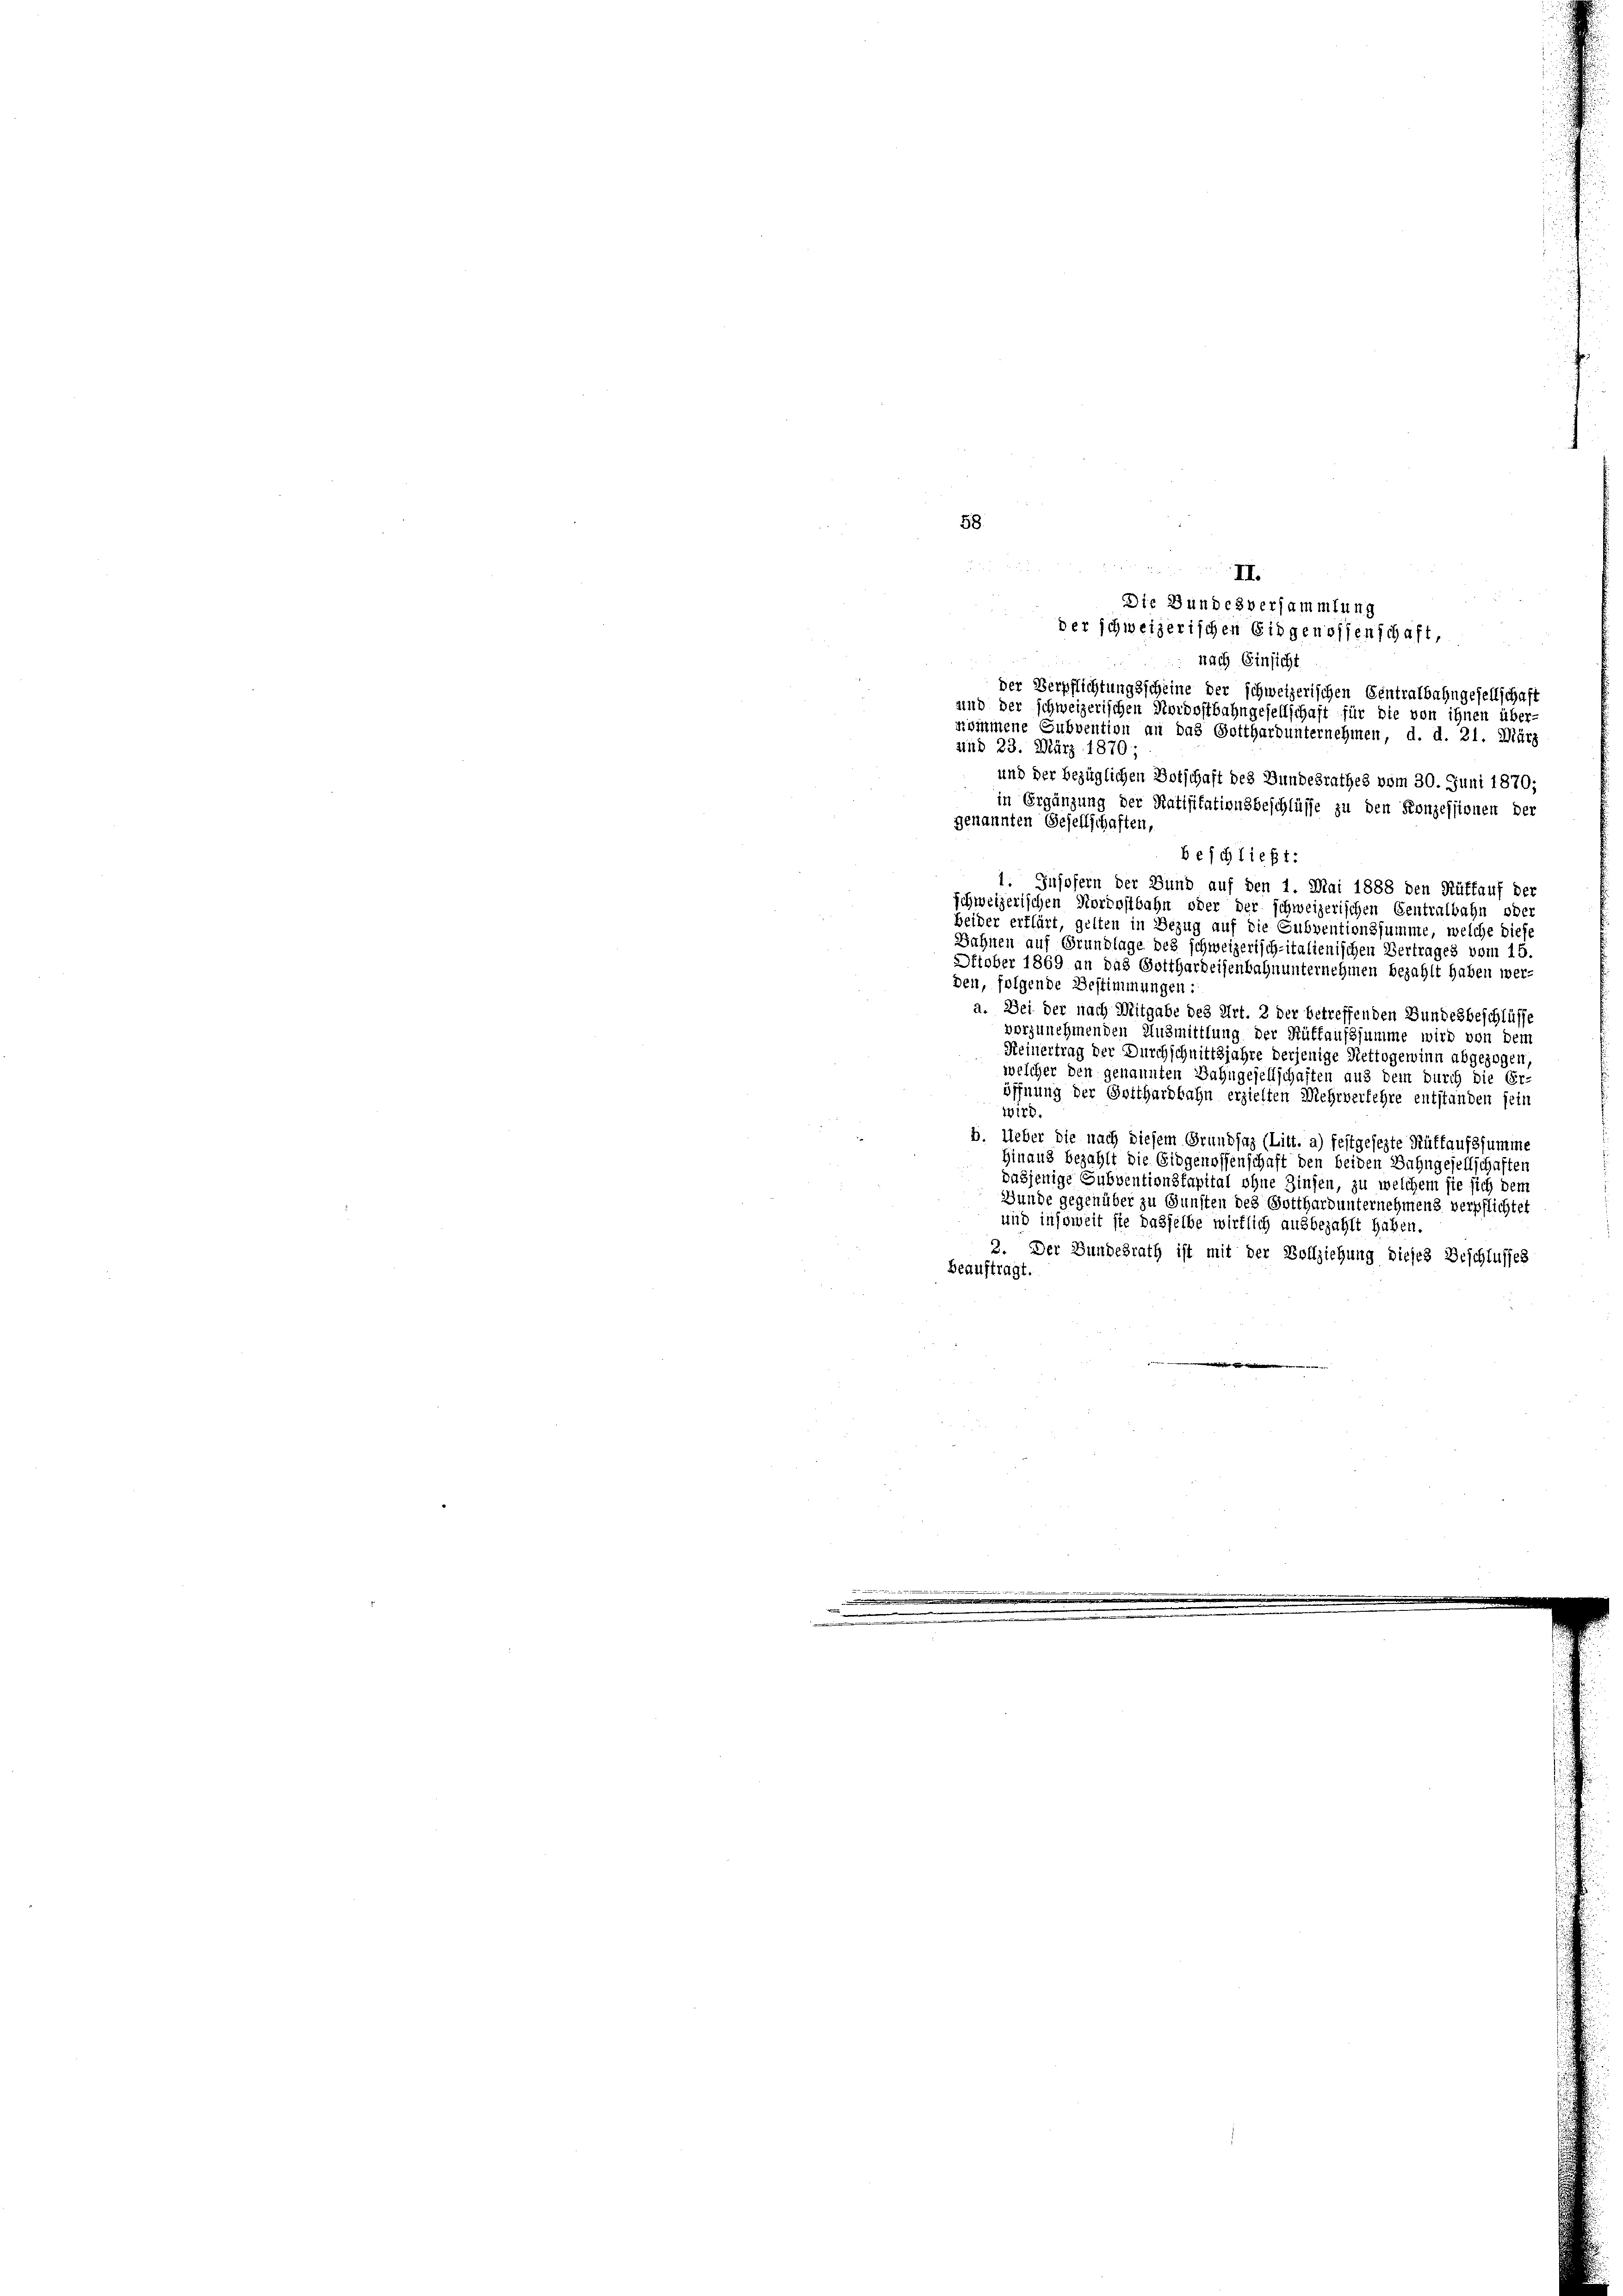
nach Einsicht
der Verpflichtungsscheine der schweizerischen Centralbahngesellschaft
und der schweizerischen Nordostbahngesellschaft für die von ihnen über-
nommene Subvention an das Gotthardunternehmen, d. d. 21. März
sind 23. März 1870;
und der bezüglichen Botschaft des Bundesrathes vom 30. Juni 1870;
in Ergänzung der Ratifikationsbeschlüsse zu den Konzessionen der
genannten Gesellschaften,
1. Insofern der Bund auf den 1. Mai 1888 den Ruffauf der
schweizerischen Nordostbahn oder der schweizerischen Gentralbahn oder
beider erklärt, gelten in Bezug auf die Subventionssumme, welche diese
Bahnen auf Grundlage des schweizerisch-italienischen Vertrages vom 15.
Oktober 1869 an das Gotthardeisenbahnunternehmen bezahlt haben wer-
den, folgende Bestimmungen:
a. Bei der nach Mitgabe des Art. 2 der betreffenden Bundesbeschlüsse
vorzunehmenden Ausmittlung der Rüffaufssumme wird von dem
Keinertrag der Durchschnittsjahre derjenige Nettogewinn abgezogen,
welcher den genannten Bahngesellschaften aus dem durch die Er-
öffnung der Gotthardbahn erzielten Mehrverfehre entstanden sein
wird.
B. Ueber die nach diesem Grundsaz (Litt. a) festgesezte Rüttaufssumme
Hinaus bezahlt die Eidgenossenschaft den beiden Bahngesellschaften
dasjenige Subventionsfapital ohne Zinsen, zu welchem sie sich dem
Gunde gegenüber zu Gunsten des Gotthard unternehmens verpflichtet
und insoweit sie dasselbe wirklich ausbezahlt haben.
2. Der Bundesrath ist mit der Vollziehung dieses Beschlusses
beauftragt.

¬
58.
  der den und
Die Bundesversammlung
der schweizerischen Eidgenossenschaft,

beschließt:

e